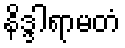
နိဒ္ဒါရာမတံ